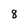
Character: 8